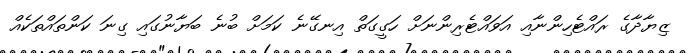
ޒިޔާދާގެ ރައްޓެހިންނާއި އަވައްޓެރިންނަށް ހަގީގަތް އިނގޭނެ ކަމަށް ބުނެ ބަޔާނުގައި ގިނަ ކަންތައްތަކެއް